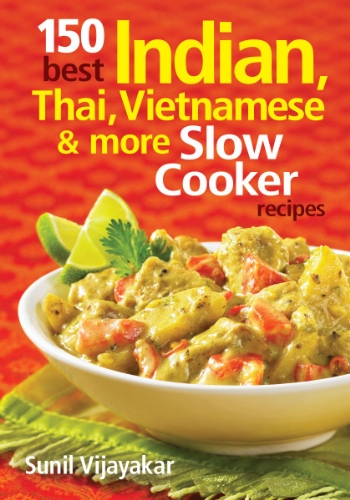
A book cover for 150 Best Indian, Thai, Vietnamese and More Slow Cooker Recipes; Sunil Vijayakar; Cookbooks, Food & Wine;